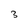
Character: 3